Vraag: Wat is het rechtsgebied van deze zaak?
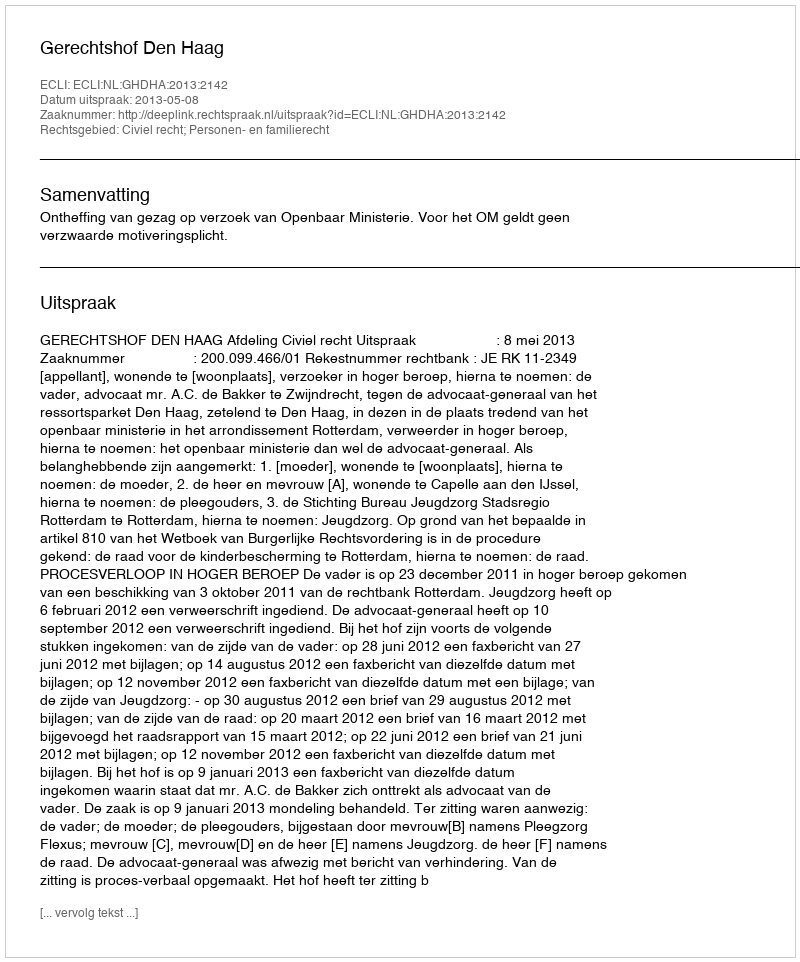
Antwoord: Civiel recht; Personen- en familierecht